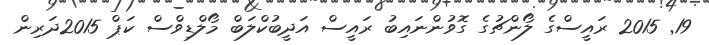
19